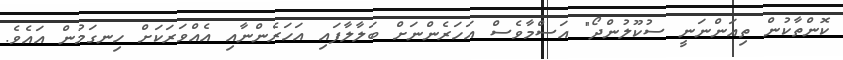
ކޮންތާކުން ތިއަންނަނީ ސުކޫލުންދޯ" އަސްމާވެސް އަހަރެންނަށް ބަލާލާފައި އަހަރެންނާއި އެއްވަރަކަށް ހިނގަމުން އައެވެ.